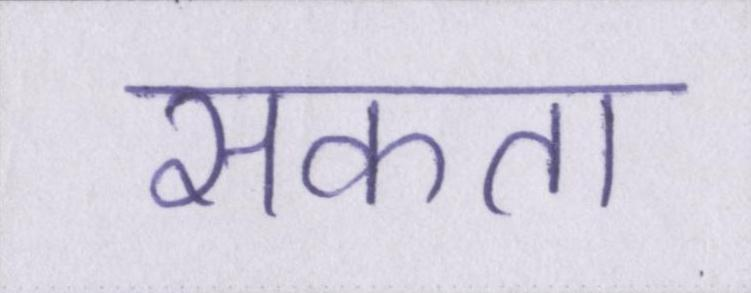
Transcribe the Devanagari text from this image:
सकता